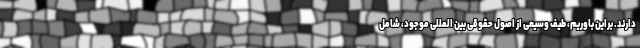
دارند. براین باوریم، طیف وسیعی از اصول حقوقی بین المللی موجود، شامل